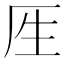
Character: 𰆘